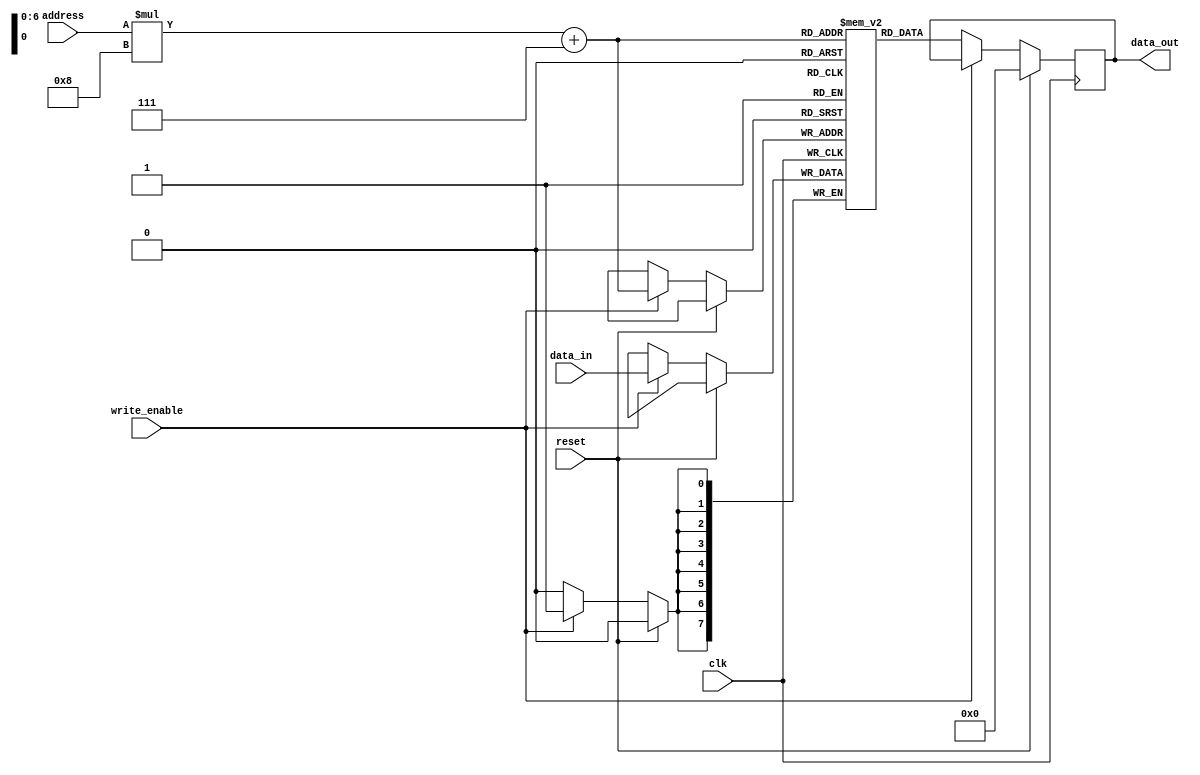
module MemoryBlocks_PCM (
    input wire clk,
    input wire reset,
    input wire [7:0] address,
    input wire write_enable,
    input wire [7:0] data_in,
    output reg [7:0] data_out
);

parameter ROWS = 16;
parameter COLS = 8;

reg [7:0] memory [ROWS - 1:0][COLS - 1:0];

always @(posedge clk) begin
    if (reset) begin
        data_out <= 8'h00;
    end else begin
        if (write_enable) begin
            memory[address][COLS - 1:0] <= data_in;
        end else begin
            data_out <= memory[address][COLS - 1:0];
        end
    end
end

endmodule